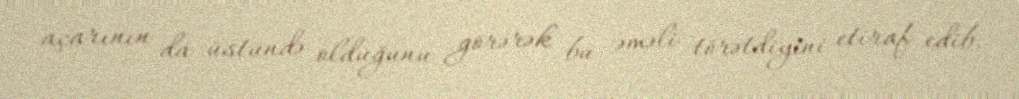
açarının da üstündə olduğunu görərək bu əməli törətdiyini etiraf edib.